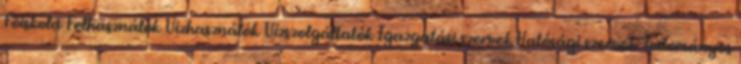
Főiskola Felhasználók Vízhasználók Vízszolgáltatók Igazgatási szervek Hatósági szervek Tudományos